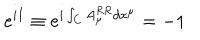
LaTeX: e ^ { i I } \equiv e ^ { i \int _ { C } A _ { \mu } ^ { R R } d x ^ { \mu } } = - 1